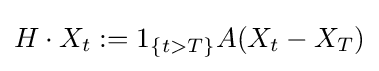
H\cdot X_{t}:=1_{\{t>T\}}A(X_{t}-X_{T})